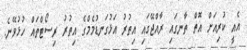
އެއީ ކުރިއަށް އޮތް ތާނގައި ރާއްޖޭގައި އިތުރު އަޅުގަނޑުމެމްގެ އިތުރު ރިސޯޓްތައް ހުޅުވޭނެ.